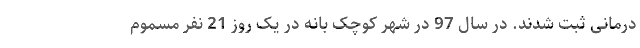
درمانی ثبت شدند. در سال 97 در شهر کوچک بانه در یک روز 21 نفر مسموم